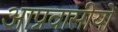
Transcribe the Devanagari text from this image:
आप्रवासीयों